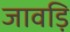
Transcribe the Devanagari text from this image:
जावड़ि